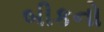
બીકનો